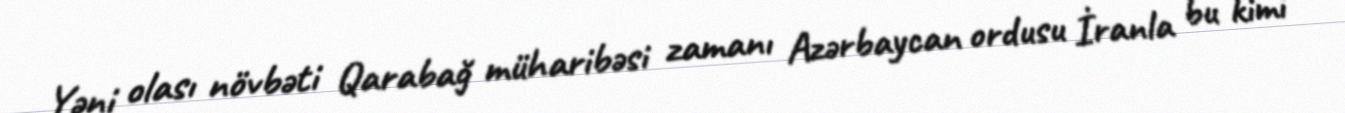
Yəni olası növbəti Qarabağ müharibəsi zamanı Azərbaycan ordusu İranla bu kimi